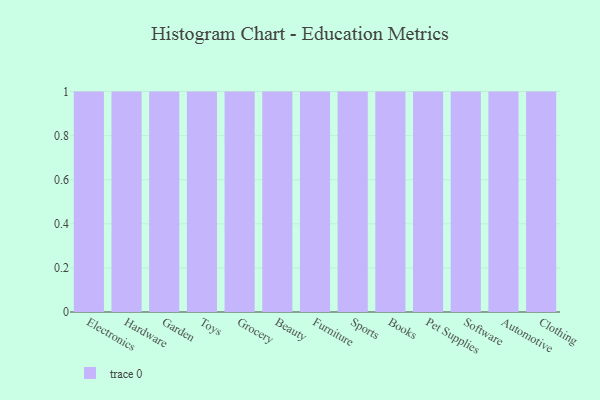
{"axis": {"x": "Category", "y": "Conversion Rate (%)"}, "legend": [""], "data": [{"x": "Electronics", "y": 45, "type": ""}, {"x": "Hardware", "y": 44, "type": ""}, {"x": "Garden", "y": 7, "type": ""}, {"x": "Toys", "y": 40, "type": ""}, {"x": "Grocery", "y": 96, "type": ""}, {"x": "Beauty", "y": 92, "type": ""}, {"x": "Furniture", "y": 3, "type": ""}, {"x": "Sports", "y": 57, "type": ""}, {"x": "Books", "y": 51, "type": ""}, {"x": "Pet Supplies", "y": 53, "type": ""}, {"x": "Software", "y": 51, "type": ""}, {"x": "Automotive", "y": 73, "type": ""}, {"x": "Clothing", "y": 50, "type": ""}]}